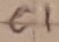
Text: C1